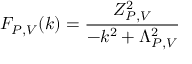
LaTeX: F _ { P , V } ( k ) = \frac { Z _ { P , V } ^ { 2 } } { - k ^ { 2 } + \Lambda _ { P , V } ^ { 2 } }